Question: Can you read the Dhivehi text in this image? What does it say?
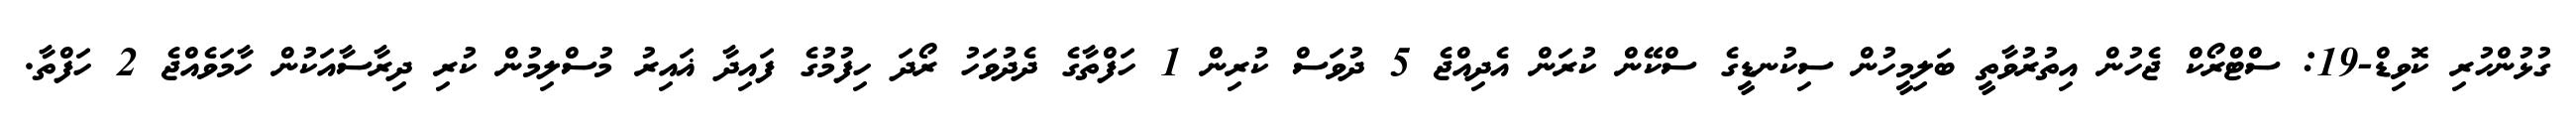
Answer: ގުޅުންހުރި ކޮވިޑް-19: ސްޓްރޯކް ޖެހުން އިތުރުވާތީ ބަލިމީހުން ސިކުނޑީގެ ސްކޭން ކުރަން އެދިއްޖެ 5 ދުވަސް ކުރިން 1 ހަފްތާގެ ދެދުވަހު ރޯދަ ހިފުމުގެ ފައިދާ ޣައިރު މުސްލިމުން ކުރި ދިރާސާއަކުން ހާމަވެއްޖެ 2 ހަފްތާ.